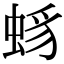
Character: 𧋈